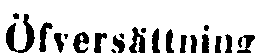
Öfversättning